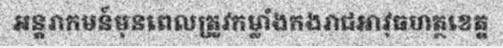
អន្តរាកមន៍មុនពេលត្រូវកម្លាំងកងរាជអាវុធហត្ថខេត្ត